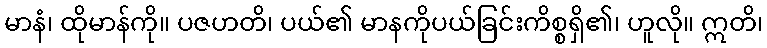
မာနံ၊ ထိုမာန်ကို။ ပဇဟတိ၊ ပယ်၏ မာနကိုပယ်ခြင်းကိစ္စရှိ၏၊ ဟူလို။ ဣတိ၊